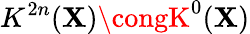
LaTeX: K^{2n}(\mathbf{X})\congK^{0}(\mathbf{X})